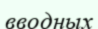
вводных